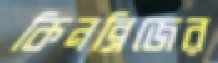
কিনব্রিজের